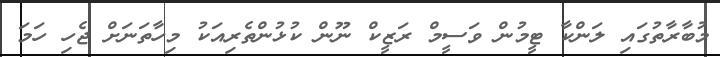
މުބާރާތުގައި ލަންކާ ޓީމުން ވަސީމް ރަޒީކް ނޫން ކުޅުންތެރިއަކު މިހާތަނަށް ޖެހި ހަމަ